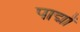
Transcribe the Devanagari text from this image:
पाद्मों